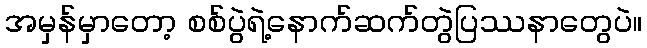
အမှန်မှာတော့ စစ်ပွဲရဲ့နောက်ဆက်တွဲပြဿနာတွေပဲ။